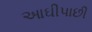
આઘીપાછી